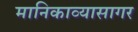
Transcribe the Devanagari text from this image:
मानिकाव्यासागर